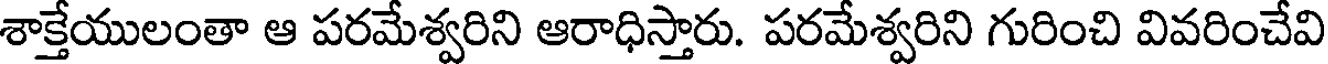
శాక్తేయులంతా ఆ పరమేశ్వరిని ఆరాధిస్తారు. పరమేశ్వరిని గురించి వివరించేవి